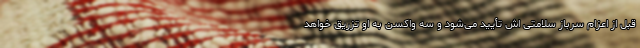
قبل از اعزام سرباز سلامتی اش تأیید می‌شود و سه واکسن به او تزریق خواهد